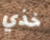
خذي